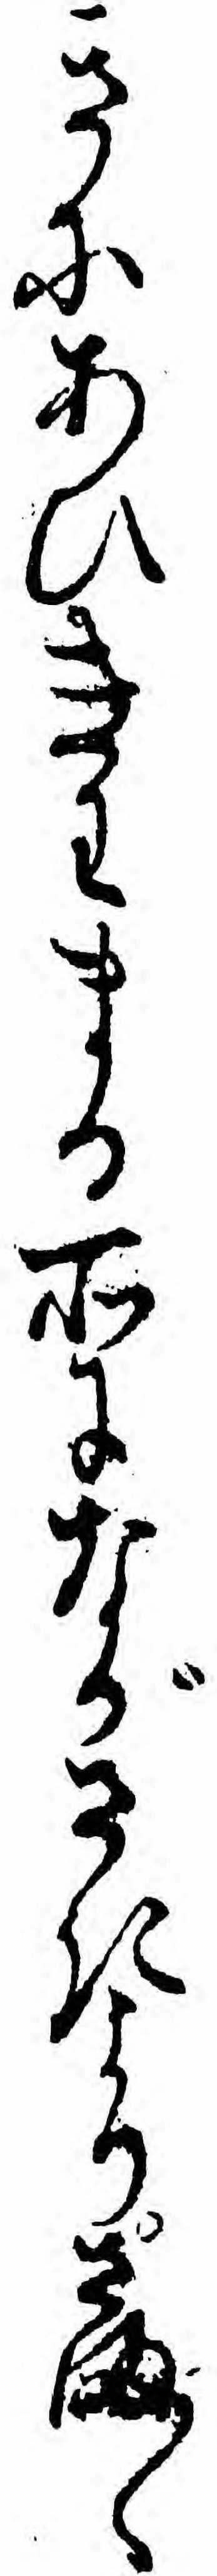
きにあひきわまる所にながさきよりさま〱